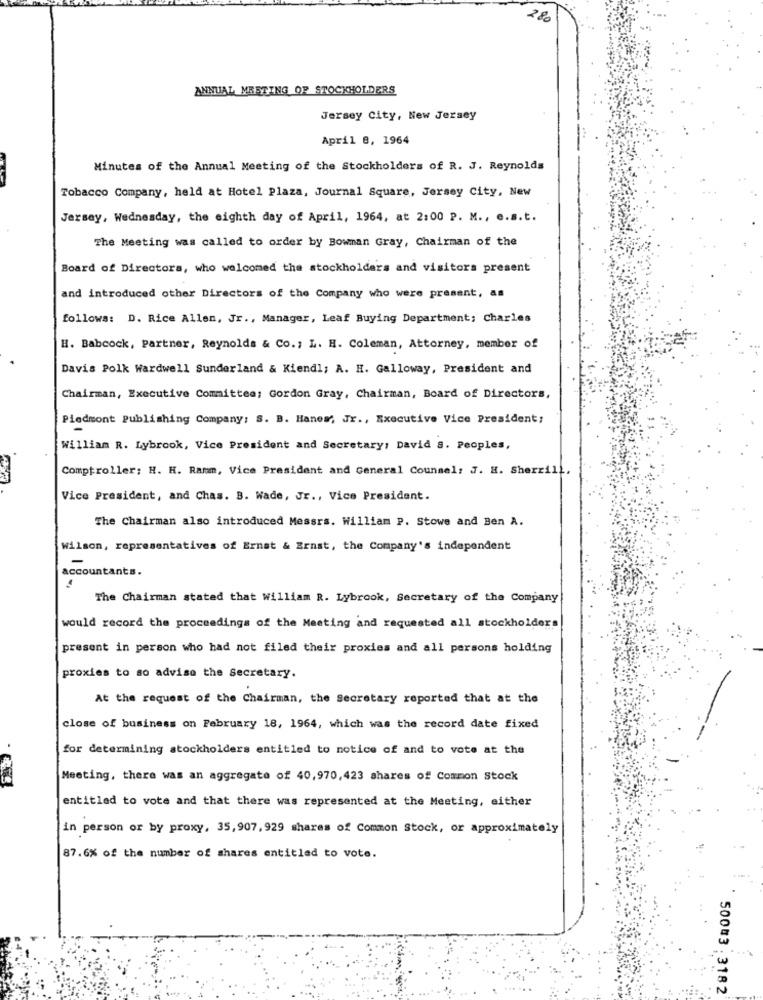
280
ANNUAL MEETING OF STOCKHOLDERS
Jersey City, New Jersey
April 8, 1964
Minutes of the Annual Meeting of the Stockholders of R. J. Reynolds
Tobacco Company, held at Hotel Plaza, Journal Square, Jersey City, New
Jersey, Wednesday, the eighth day of April, 1964, at 2:00 P. M ., e.s.t.
The Meeting was called to order by Bowman Gray, Chairman of the
Board of Directors, who welcomed the stockholders and visitors present
and introduced other Directors of the Company who were present, as
follows: D. Rice Allen, Jr ., Manager, Leaf Buying Department; Charles
H. Babcock, Partner, Reynolds & Co. ; L. H. Coleman, Attorney, member of
Davis Polk Wardwell Sunderland & Kiendl; A. H. Galloway, President and
Chairman, Executive Committee; Gordon Gray, Chairman, Board of Directors,
Piedmont Publishing Company: S. B. Hanem, Jr ., Executive Vice President;
William R. Lybrook, Vice President and Secretary; David 8. Peoples,
Comptroller: H. H. Ramm, Vice President and General Counsel: J. H. Sherrill.
Vice President, and Chas. B. Wade, Jr ., Vice President.
The Chairman also introduced Messrs. William P. Stowe and Ben A.
Wilson, representatives of Ernst & Ernst, the Company's independent
accountants.
The Chairman stated that William R. Lybrook, Secretary of the Company
would record the proceedings of the Meeting and requested all stockholders
present in person who had not filed their proxies and all persons holding
proxies to so advise the Secretary.
At the request of the Chairman, the Secretary reported that at the
close of business on February 18, 1964, which was the record date fixed
for determining stockholders entitled to notice of and to vote at the
Meeting, there was an aggregate of 40,970,423 shares of Common Stock
entitled to vote and that there was represented at the Meeting, either
in person or by proxy, 35,907, 929 shares of Common Stock, or approximately
87.6% of the number of shares entitled to vote.
500 3 . 3182